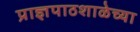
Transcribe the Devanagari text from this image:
प्राज्ञपाठशाळेच्या